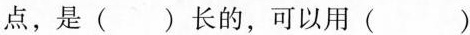
点，是()长的，可以用()